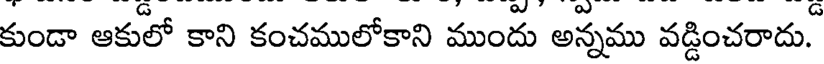
కుండా ఆకులో కాని కంచములోకాని ముందు అన్నము వడ్డించరాదు.